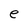
Character: e